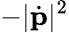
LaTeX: -|{\dot{\mathbf{p}}}|^{2}